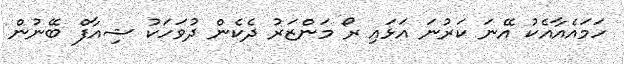
ހަމައެއާއެކު އޭނަ ކަރުނަ އަޅައި ރޯ މަންޒަރު ދެކެން ދުވަހަކު ޝިއާފް ބޭނުން